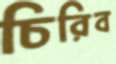
চিরিব